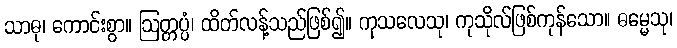
သာဓု၊ ကောင်းစွာ။ ဩတ္တပ္ပံ၊ ထိတ်လန့်သည်ဖြစ်၍။ ကုသလေသု၊ ကုသိုလ်ဖြစ်ကုန်သော။ ဓမ္မေသု၊